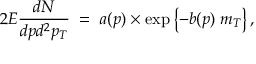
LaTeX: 2 E { \frac { d N } { d p d ^ { 2 } p _ { T } } } \; = \; a ( p ) \times \exp \left\{ - b ( p ) \; m _ { T } \right\} ,